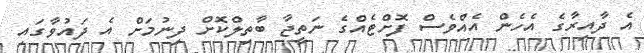
އެ ދާއިރާގެ އެހެން އެއްވެސް ފޮށްޓެއްގެ ނަތީޖާ ބާތިލްކޮށް ދިނުމަށް އެ ދައުވާގައި